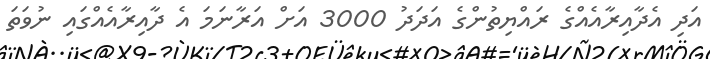
އަދި އެދާއިރާއެއްގެ ރައްޔިތުންގެ އަދަދު 3000 އަށް އަރާނަމަ އެ ދާއިރާއެއްގައި ނުވަތަ